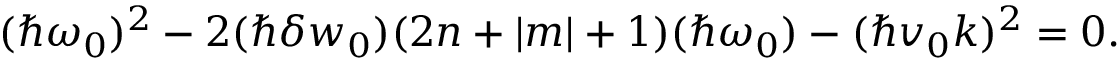
\begin{array} { r } { ( \hbar \omega _ { 0 } ) ^ { 2 } - 2 ( \hbar \delta w _ { 0 } ) ( 2 n + | m | + 1 ) ( \hbar \omega _ { 0 } ) - ( \hbar v _ { 0 } k ) ^ { 2 } = 0 . } \end{array}